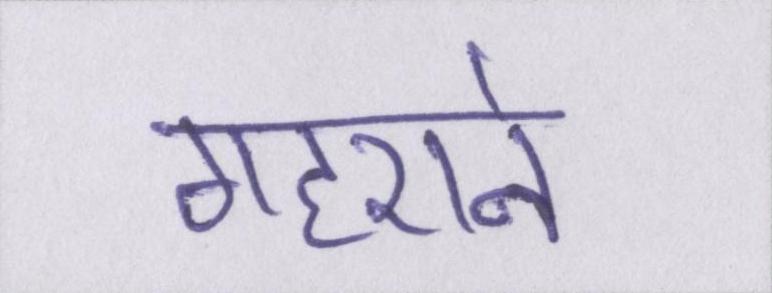
गहराने